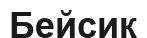
Бейсик